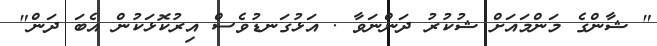
" ޝާންގެ މަންމައަށް ޝުކުރު ދަންނަވާ . އަޅުގަނޑުވެސް އިރުކޮޅަކުން އެބަ ދަން"